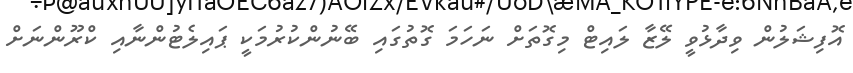
އޮފިޝަލުން ވިދާޅުވީ ލޭޒާ ލައިޓް މިގޮތަށް ނަހަމަ ގޮތުގައި ބޭނުންކުރުމަކީ ޕައިލެޓުންނާއި ކްރޫންނަށް